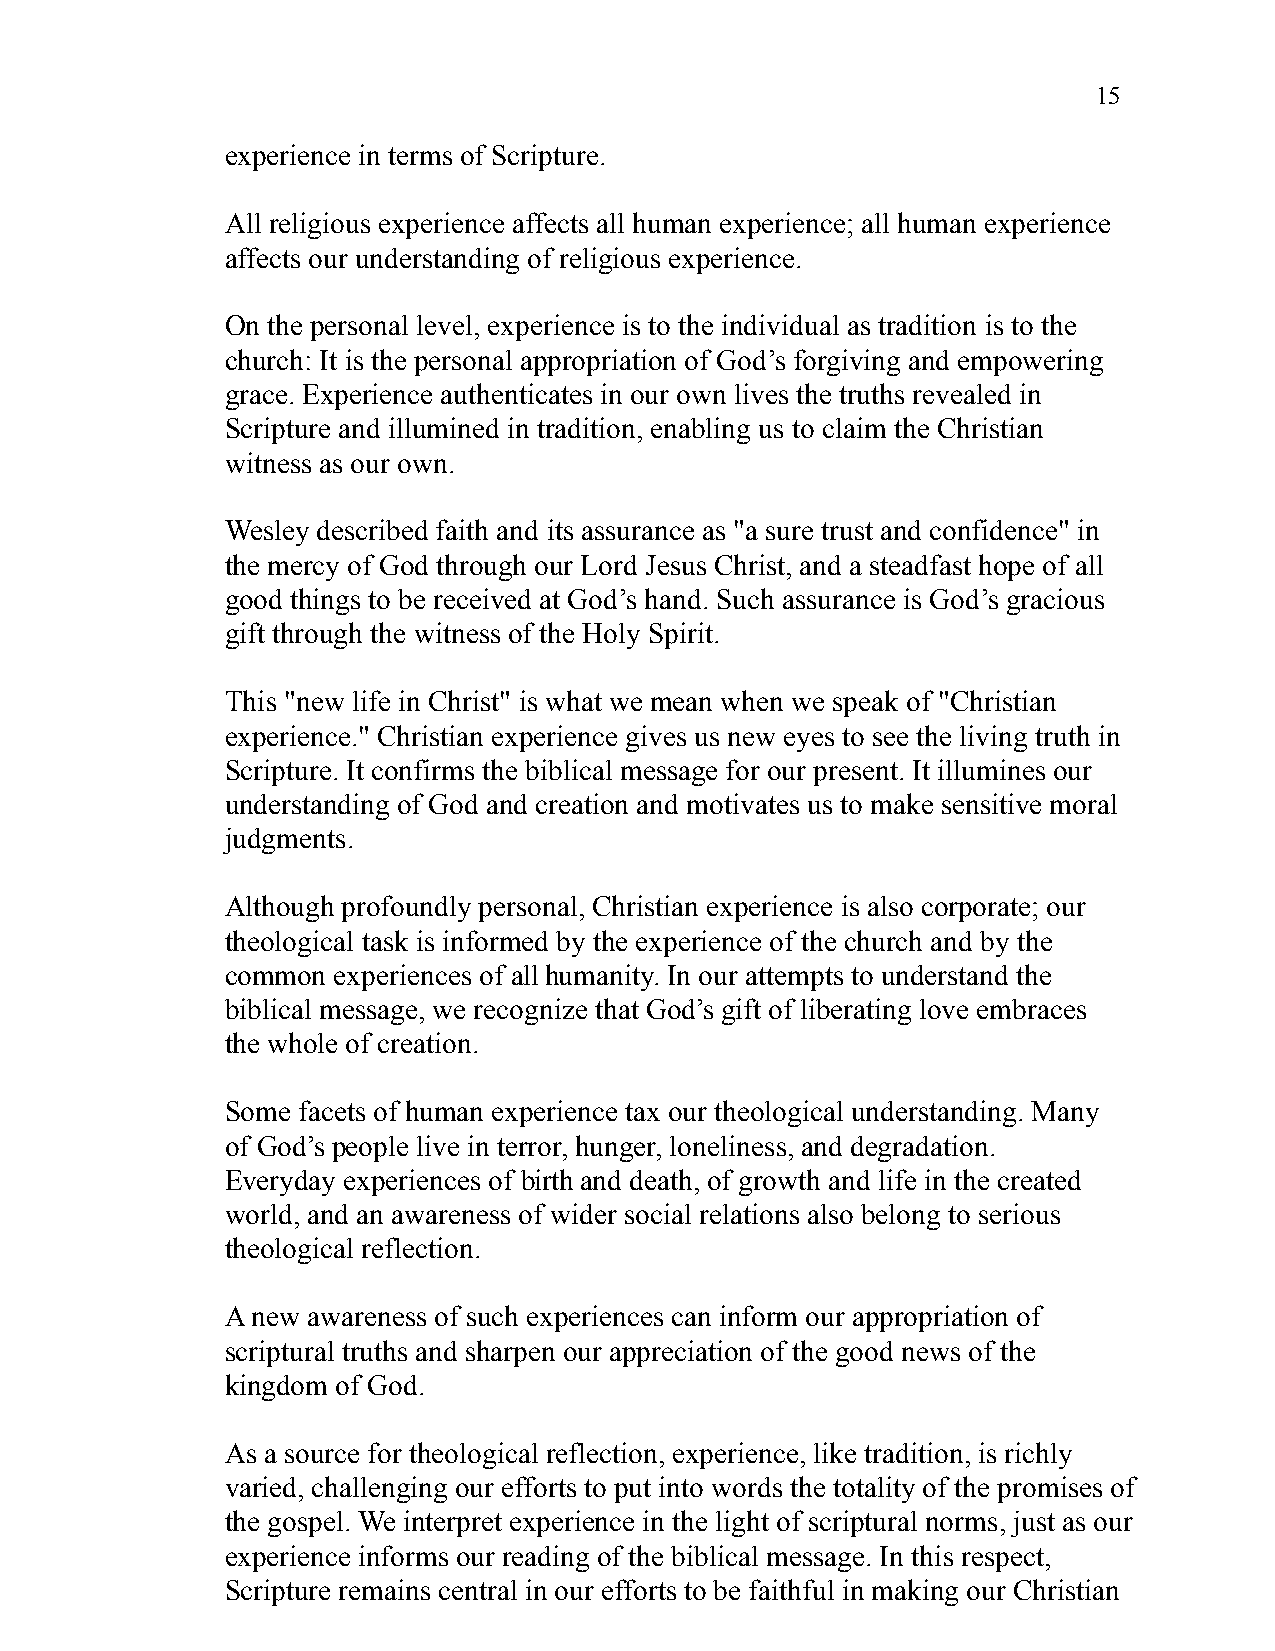
15
 experience in terms of Scripture.
 All religious experience affects all human experience; all human experience
 affects our understanding of religious experience.
 On the personal level, experience is to the individual as tradition is to the
 church: It is the personal appropriation of God’s forgiving and empowering
 grace. Experience authenticates in our own lives the truths revealed in
 Scripture and illumined in tradition, enabling us to claim the Christian
 witness as our own.
 Wesley described faith and its assurance as "a sure trust and confidence" in
 the mercy of God through our Lord Jesus Christ, and a steadfast hope of all
 good things to be received at God’s hand. Such assurance is God’s gracious
 gift through the witness of the Holy Spirit.
 This "new life in Christ" is what we mean when we speak of "Christian
 experience." Christian experience gives us new eyes to see the living truth in
 Scripture. It confirms the biblical message for our present. It illumines our
 understanding of God and creation and motivates us to make sensitive moral
 judgments.
 Although profoundly personal, Christian experience is also corporate; our
 theological task is informed by the experience of the church and by the
 common experiences of all humanity. In our attempts to understand the
 biblical message, we recognize that God’s gift of liberating love embraces
 the whole of creation.
 Some facets of human experience tax our theological understanding. Many
 of God’s people live in terror, hunger, loneliness, and degradation.
 Everyday experiences of birth and death, of growth and life in the created
 world, and an awareness of wider social relations also belong to serious
 theological reflection.
 A new awareness of such experiences can inform our appropriation of
 scriptural truths and sharpen our appreciation of the good news of the
 kingdom of God.
 As a source for theological reflection, experience, like tradition, is richly
 varied, challenging our efforts to put into words the totality of the promises of
 the gospel. We interpret experience in the light of scriptural norms, just as our
 experience informs our reading of the biblical message. In this respect,
 Scripture remains central in our efforts to be faithful in making our Christian